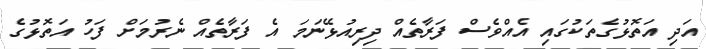
އަދި އަތޮޅުގެތަކުގައި އެއްވެސް ފަރާތެއް ދިރިއުޅޭނަމަ އެ ފަރާތެއް ނެރުމަށް ފަހު އަތޮޅުގެ